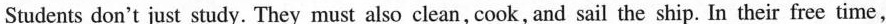
Students don't just study. They must also clean, cook, and sail the ship. In their free time,